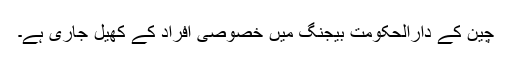
چین کے دارالحکومت بیجنگ میں خصوصی افراد کے کھیل جاری ہے۔